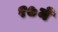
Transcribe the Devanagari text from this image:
१७मे